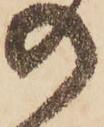
の